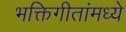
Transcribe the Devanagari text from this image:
भक्तिगीतांमध्ये